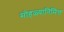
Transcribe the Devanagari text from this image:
सोहळ्यानिमित्त